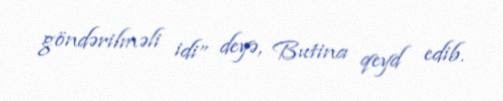
göndərilməli idi” deyə, Butina qeyd edib.